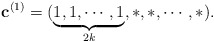
\begin{align*}\mathbf{c}^{(1)}=(\underbrace{1,1,\cdots,1}_{2k},\ast,\ast,\cdots,\ast).\end{align*}